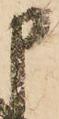
申